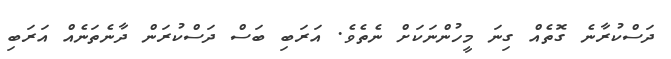
ދަސްކުރާނެ ގޮތެއް ގިނަ މީހުންނަކަށް ނެތެވެ. އަރަބި ބަސް ދަސްކުރަން ދާނެތަނެއް އަރަބި